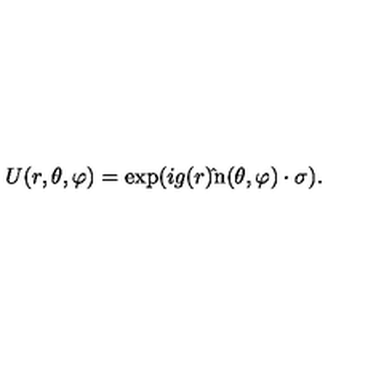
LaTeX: U ( r , \theta , \varphi ) = \exp ( i g ( r ) \mathrm { \boldmath \hat { } n ( \theta , \varphi ) \cdot \sigma } ) .